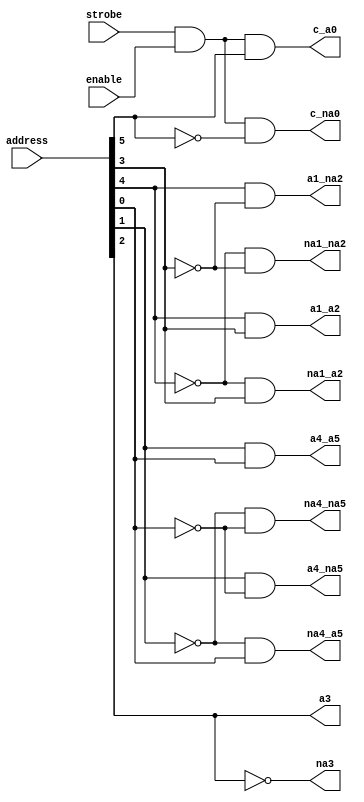
module predecode (

    strobe,
    enable,
    address,

    // 12 predecoded address lines 2 - 4 - 2 - 4 one hot encoding
    c_na0,  // clock and not address(0)
    c_a0,   // clock and address(0)
    na1_na2,// not address(1) and not address(2)
    na1_a2, // not address(1) and address(2)
    a1_na2, // address(1) and not address(2)
    a1_a2,  // address(1) and address(2)
    na3,    // not address(3)
    a3,     // address(3)
    na4_na5,// not address(4) and not address(5)
    na4_a5, // not address(4) address(5)
    a4_na5, // address(4) and not address(5)
    a4_a5   // address(4) and address(5)

);

   input       strobe;
   input 	   enable;
   input [0:5] address;

   output 	   c_na0;
   output 	   c_a0;
   output 	   na1_na2;
   output 	   na1_a2;
   output 	   a1_na2;
   output 	   a1_a2;  // address(1) and address(2)
   output 	   na3;    // not address(3)
   output 	   a3;     // address(3)
   output 	   na4_na5;// not address(4) and not address(5)
   output 	   na4_a5; // not address(4) address(5)
   output 	   a4_na5; // address(4) and not address(5)
   output 	   a4_a5;  // address(4) and address(5)

   wire clock_enable;

   wire [0:5] inv_address;

   wire n_c_na0;
   wire n_c_a0;
   wire n_na1_na2;
   wire n_na1_a2;
   wire n_a1_na2;
   wire n_a1_a2;
   wire n_na4_na5;
   wire n_na4_a5;
   wire n_a4_na5;
   wire n_a4_a5;


  // and read or write enable with clock
  // does this need to be SSB placed?
  assign clock_enable = strobe & enable;


  assign inv_address[0] = (~(address[0]));
  assign inv_address[1] = (~(address[1]));
  assign inv_address[2] = (~(address[2]));
  assign inv_address[3] = (~(address[3]));
  assign inv_address[4] = (~(address[4]));
  assign inv_address[5] = (~(address[5]));


  // A(0) address predecode and gating with clock

  assign c_na0 = clock_enable & inv_address[0];

  assign c_a0 = clock_enable & address[0];


  // A(1:2) address predecode

  assign na1_na2 = inv_address[1] & inv_address[2];

  assign na1_a2 = inv_address[1] & address[2];

  assign a1_na2 = address[1] & inv_address[2];

  assign a1_a2 = address[1] & address[2];


  // A(3) address predecode

  assign na3 = inv_address[3];
  assign a3  = address[3];

  // A(4:5) address predecode

  assign na4_na5 = inv_address[4] & inv_address[5];

  assign na4_a5 = inv_address[4] & address[5];

  assign a4_na5 = address[4] & inv_address[5];
  assign a4_a5 = address[4] & address[5];

endmodule